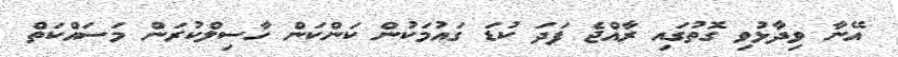
އޭނާ ވިދާޅުވި ގޮތުގައި ރާއްޖެ ފަދަ ކުޑަ ގައުމަކުން ކަންކަން ހާސިލްކުރަން މަސައްކަތް